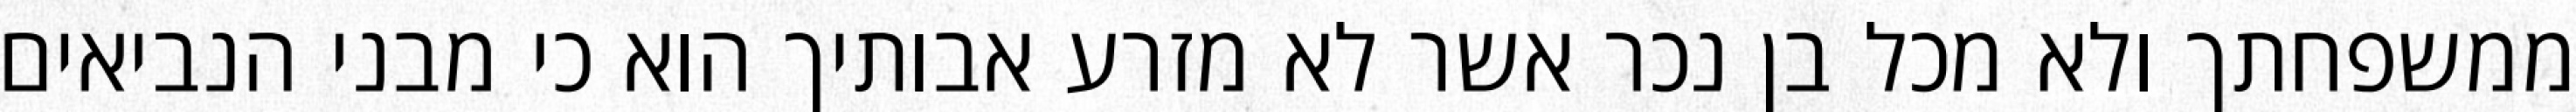
ממשפחתך ולא מכל בן נכר אשר לא מזרע אבותיך הוא כי מבני הנביאים